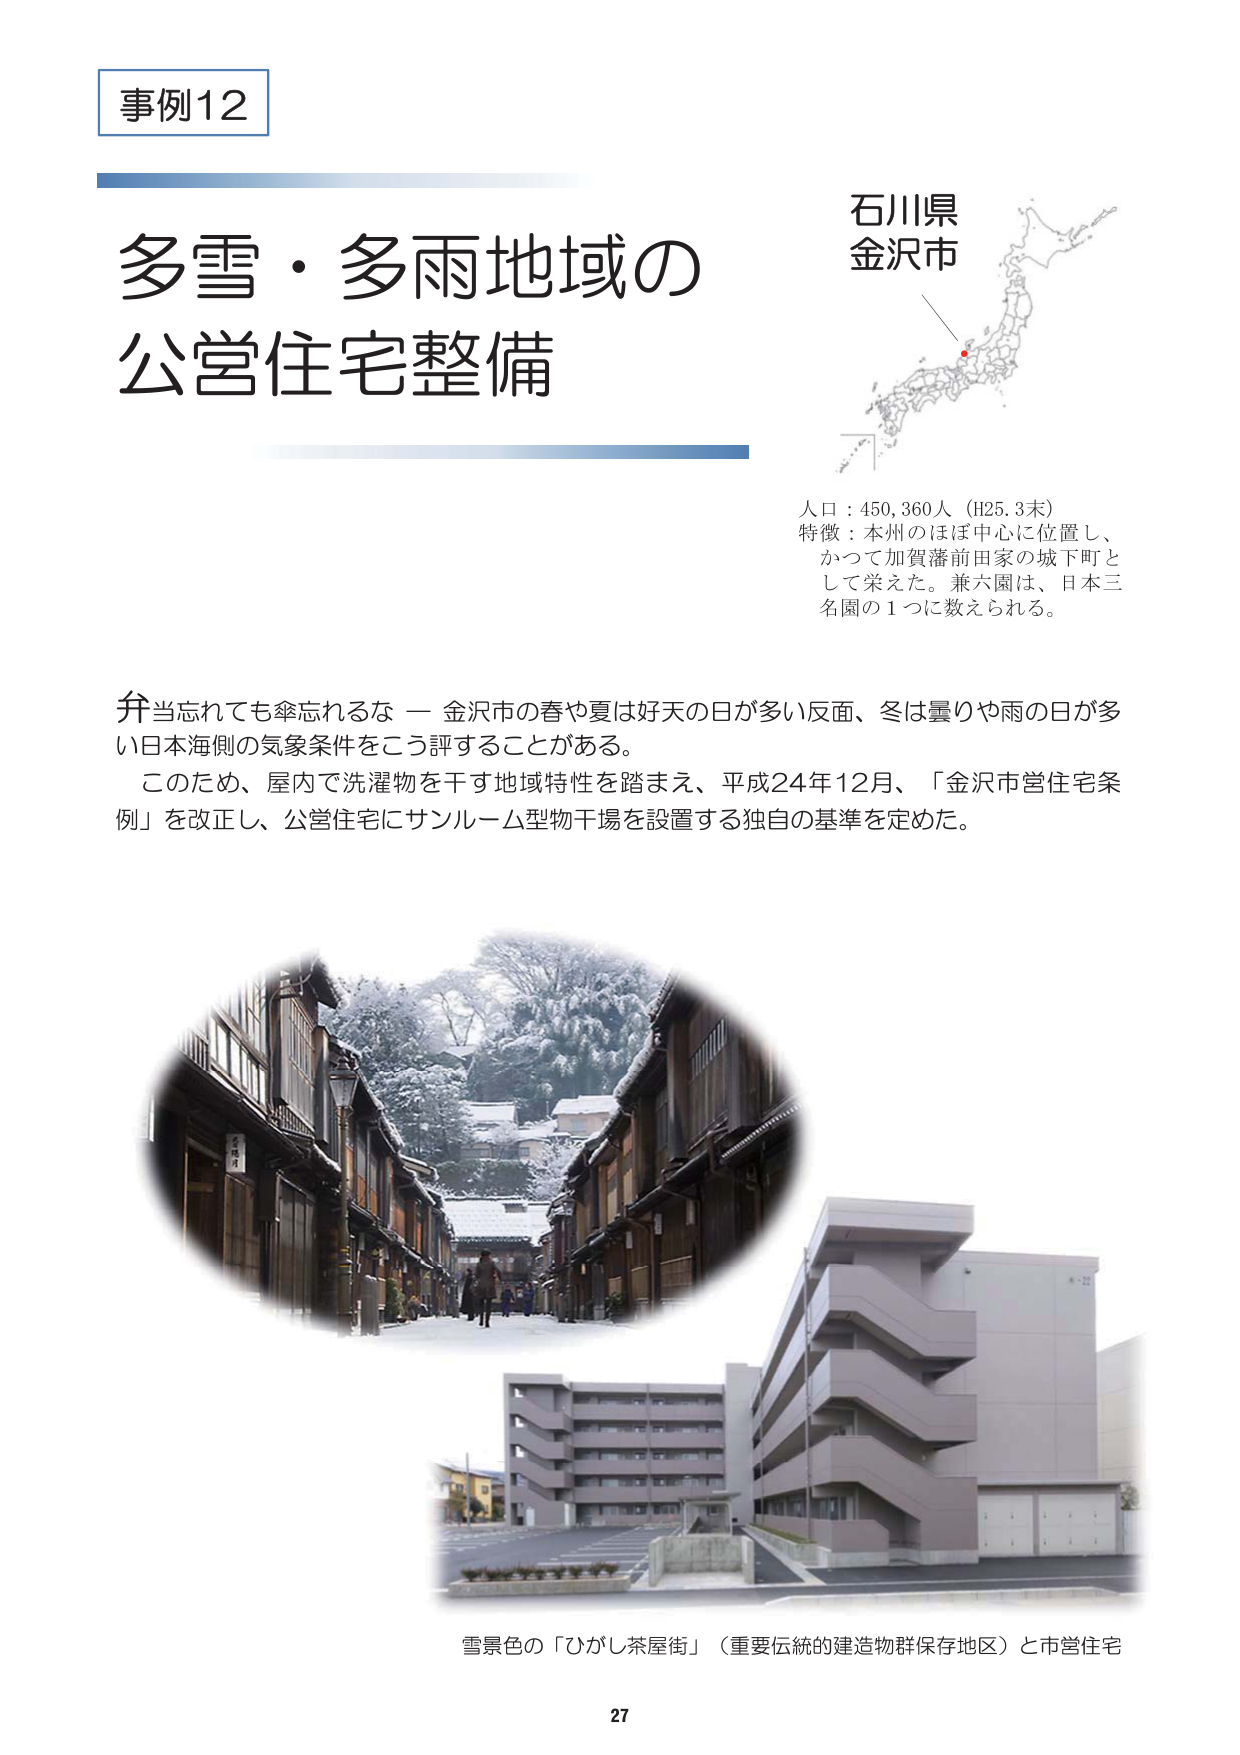
事例12

多雪・多雨地域の
公営住宅整備

石川県
金沢市

人口：450,360人（H25.3末）
特徴：本州のほぼ中心に位置し、
かつて加賀藩前田家の城下町と
して栄えた。兼六園は、日本三
名園の1つに数えられる。

弁当忘れても傘忘れるな — 金沢市の春や夏は好天の日が多い反面、冬は曇りや雨の日が多い日本海側の気象条件をこう評することがある。
このため、屋内で洗濯物を干す地域特性を踏まえ、平成24年12月、「金沢市営住宅条例」を改正し、公営住宅にサンルーム型物干場を設置する独自の基準を定めた。

雪景色の「ひがし茶屋街」（重要伝統的建造物群保存地区）と市営住宅

27